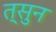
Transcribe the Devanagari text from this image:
त्सुन